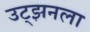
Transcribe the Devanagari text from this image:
उट्झनला